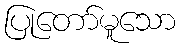
ပြုတော်မူသော